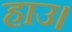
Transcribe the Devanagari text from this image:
हाउ।